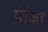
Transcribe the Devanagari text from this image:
पोजर